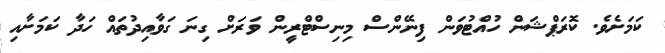
ކަމަށެވެ. ކޮރަޕްޝަން ހުއްޓުވަން ފިނޭންސް މިނިސްޓްރީން ވަރަށް ގިނަ ގަވާއިދުތައް ހަދާ ކަމަށާއި